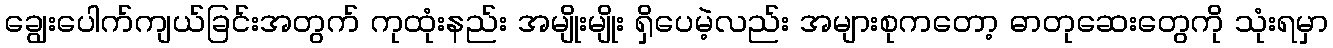
ချွေးပေါက်ကျယ်ခြင်းအတွက် ကုထုံးနည်း အမျိုးမျိုး ရှိပေမဲ့လည်း အများစုကတော့ ဓာတုဆေးတွေကို သုံးရမှာ